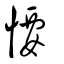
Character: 𢞅